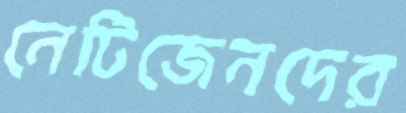
নেটিজেনদের